Report of the Indian Hemp Drugs Commission, 1894-1895 - Volume I
Year: 1894
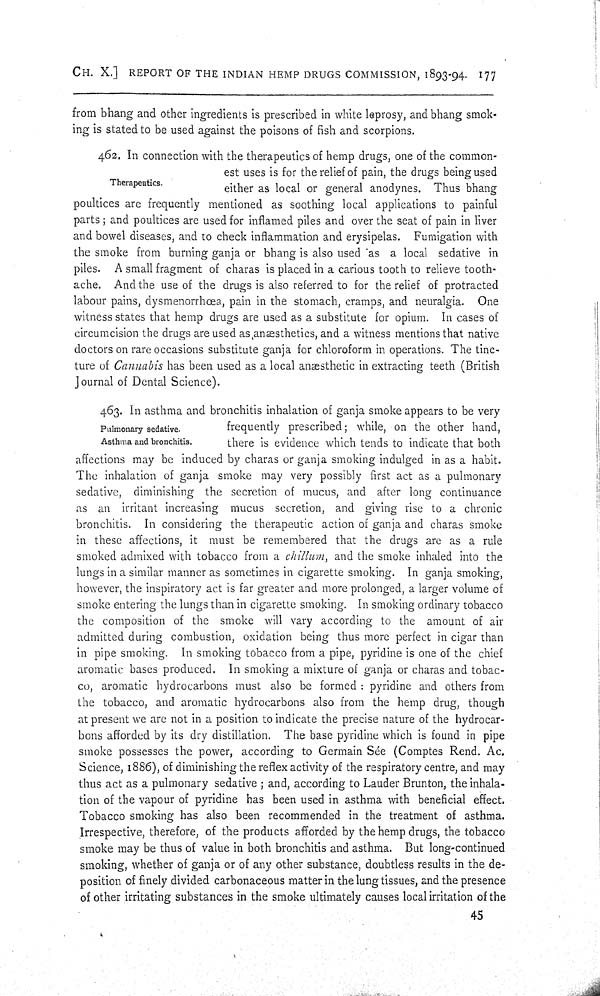
CH. X.] REPORT OF THE INDIAN HEMP DRUGS COMMISSION, 1893-94. 177
from bhang and other ingredients is prescribed in white leprosy, and bhang smok-
ing is stated to be used against the poisons of fish and scorpions.
Therapeutics.
462. In connection with the therapeutics of hemp drugs, one of the common-
est uses is for the relief of pain, the drugs being used
either as local or general anodynes. Thus bhang
poultices are frequently mentioned as soothing local applications to painful
parts; and poultices are used for inflamed piles and over the seat of pain in liver
and bowel diseases, and to check inflammation and erysipelas. Fumigation with
the smoke from burning ganja or bhang is also used as a local sedative in
piles. A small fragment of charas is placed in a carious tooth to relieve tooth-
ache. And the use of the drugs is also referred to for the relief of protracted
labour pains, dysmenorrhœa, pain in the stomach, cramps, and neuralgia. One
witness states that hemp drugs are used as a substitute for opium. In cases of
circumcision the drugs are used as anæsthetics, and a witness mentions that native
doctors on rare occasions substitute ganja for chloroform in operations. The tinc-
ture of Cannabis has been used as a local anæsthetic in extracting teeth (British
Journal of Dental Science).
Pulmonary sedative.
Asthma and bronchitis.
463. In asthma and bronchitis inhalation of ganja smoke appears to be very
frequently prescribed; while, on the other hand,
there is evidence which tends to indicate that both
affections may be induced by charas or ganja smoking indulged in as a habit.
The inhalation of ganja smoke may very possibly first act as a pulmonary
sedative, diminishing the secretion of mucus, and after long continuance
as an irritant increasing mucus secretion, and giving rise to a chronic
bronchitis. In considering the therapeutic action of ganja and charas smoke
in these affections, it must be remembered that the drugs are as a rule
smoked admixed with tobacco from a chillum, and the smoke inhaled into the
lungs in a similar manner as sometimes in cigarette smoking. In ganja smoking,
however, the inspiratory act is far greater and more prolonged, a larger volume of
smoke entering the lungs than in cigarette smoking. In smoking ordinary tobacco
the composition of the smoke will vary according to the amount of air
admitted during combustion, oxidation being thus more perfect in cigar than
in pipe smoking. In smoking tobacco from a pipe, pyridine is one of the chief
aromatic bases produced. In smoking a mixture of ganja or charas and tobac-
co, aromatic hydrocarbons must also be formed: pyridine and others from
the tobacco, and aromatic hydrocarbons also from the hemp drug, though
at present we are not in a position to indicate the precise nature of the hydrocar-
bons afforded by its dry distillation. The base pyridine which is found in pipe
smoke possesses the power, according to Germain Sée (Comptes Rend. Ac.
Science, 1886), of diminishing the reflex activity of the respiratory centre, and may
thus act as a pulmonary sedative; and, according to Lauder Brunton, the inhala-
tion of the vapour of pyridine has been used in asthma with beneficial effect.
Tobacco smoking has also been recommended in the treatment of asthma.
Irrespective, therefore, of the products afforded by the hemp drugs, the tobacco
smoke may be thus of value in both bronchitis and asthma. But long-continued
smoking, whether of ganja or of any other substance, doubtless results in the de-
position of finely divided carbonaceous matter in the lung tissues, and the presence
of other irritating substances in the smoke ultimately causes local irritation of the
45